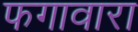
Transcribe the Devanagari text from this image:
फगावारा